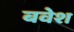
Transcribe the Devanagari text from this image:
बवेश